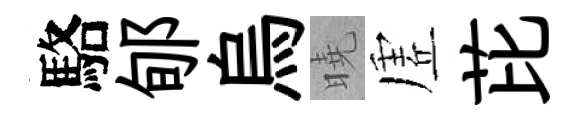
駱郇烏曉虗芘